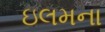
ઇલમના